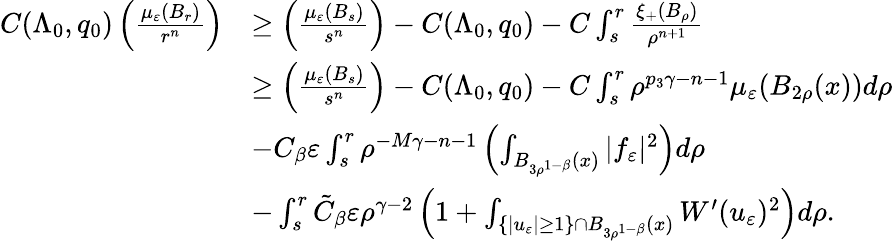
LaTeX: \begin{array}{rl}{C(\Lambda_{0},q_{0})\left(\frac{\mu_{\varepsilon}(B_{r})}{r^{n}}\right)}&{\geq\left(\frac{\mu_{\varepsilon}(B_{s})}{s^{n}}\right)-C(\Lambda_{0},q_{0})-C\int_{s}^{r}\frac{\xi_{+}(B_{\rho})}{\rho^{n+1}}}\\ &{\geq\left(\frac{\mu_{\varepsilon}(B_{s})}{s^{n}}\right)-C(\Lambda_{0},q_{0})-C\int_{s}^{r}\rho^{p_{3}\gamma-n-1}\mu_{\varepsilon}(B_{2\rho}(x))d\rho}\\ &{-C_{\beta}\varepsilon\int_{s}^{r}\rho^{-M\gamma-n-1}\left(\int_{B_{3\rho^{1-\beta}}(x)}|f_{\varepsilon}|^{2}\right)d\rho}\\ &{-\int_{s}^{r}\tilde{C}_{\beta}\varepsilon\rho^{\gamma-2}\left(1+\int_{\{ |u_{\varepsilon}|\geq 1\} \cap B_{3\rho^{1-\beta}}(x)}W^{\prime}(u_{\varepsilon})^{2}\right)d\rho.}\end{array}